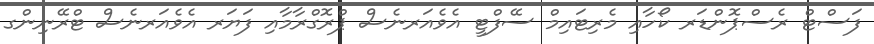
ފަސްޓް ރެސްޕޮންޑަރ ކޯހާއި މެރިޓައިމް ސޭފްޓީ އެވެއަރނެސް ޕްރޮގްރާމާއި ފަޔަރ އެވެއަރނެސް ޓްރޭނިންގ